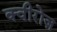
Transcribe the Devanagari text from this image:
क्वीरोज़